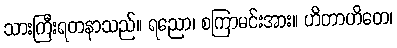
သားကြီးရတနာသည်။ ရညော၊ စကြာမင်းအား။ ဟိတာဟိတေ၊